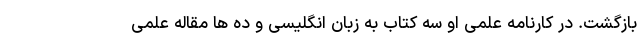
بازگشت. در کارنامه علمی او سه کتاب به زبان انگلیسی و ده ها مقاله علمی